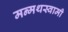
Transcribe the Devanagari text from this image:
मन्मथस्वामी